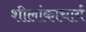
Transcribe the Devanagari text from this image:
शीलांकाचार्य